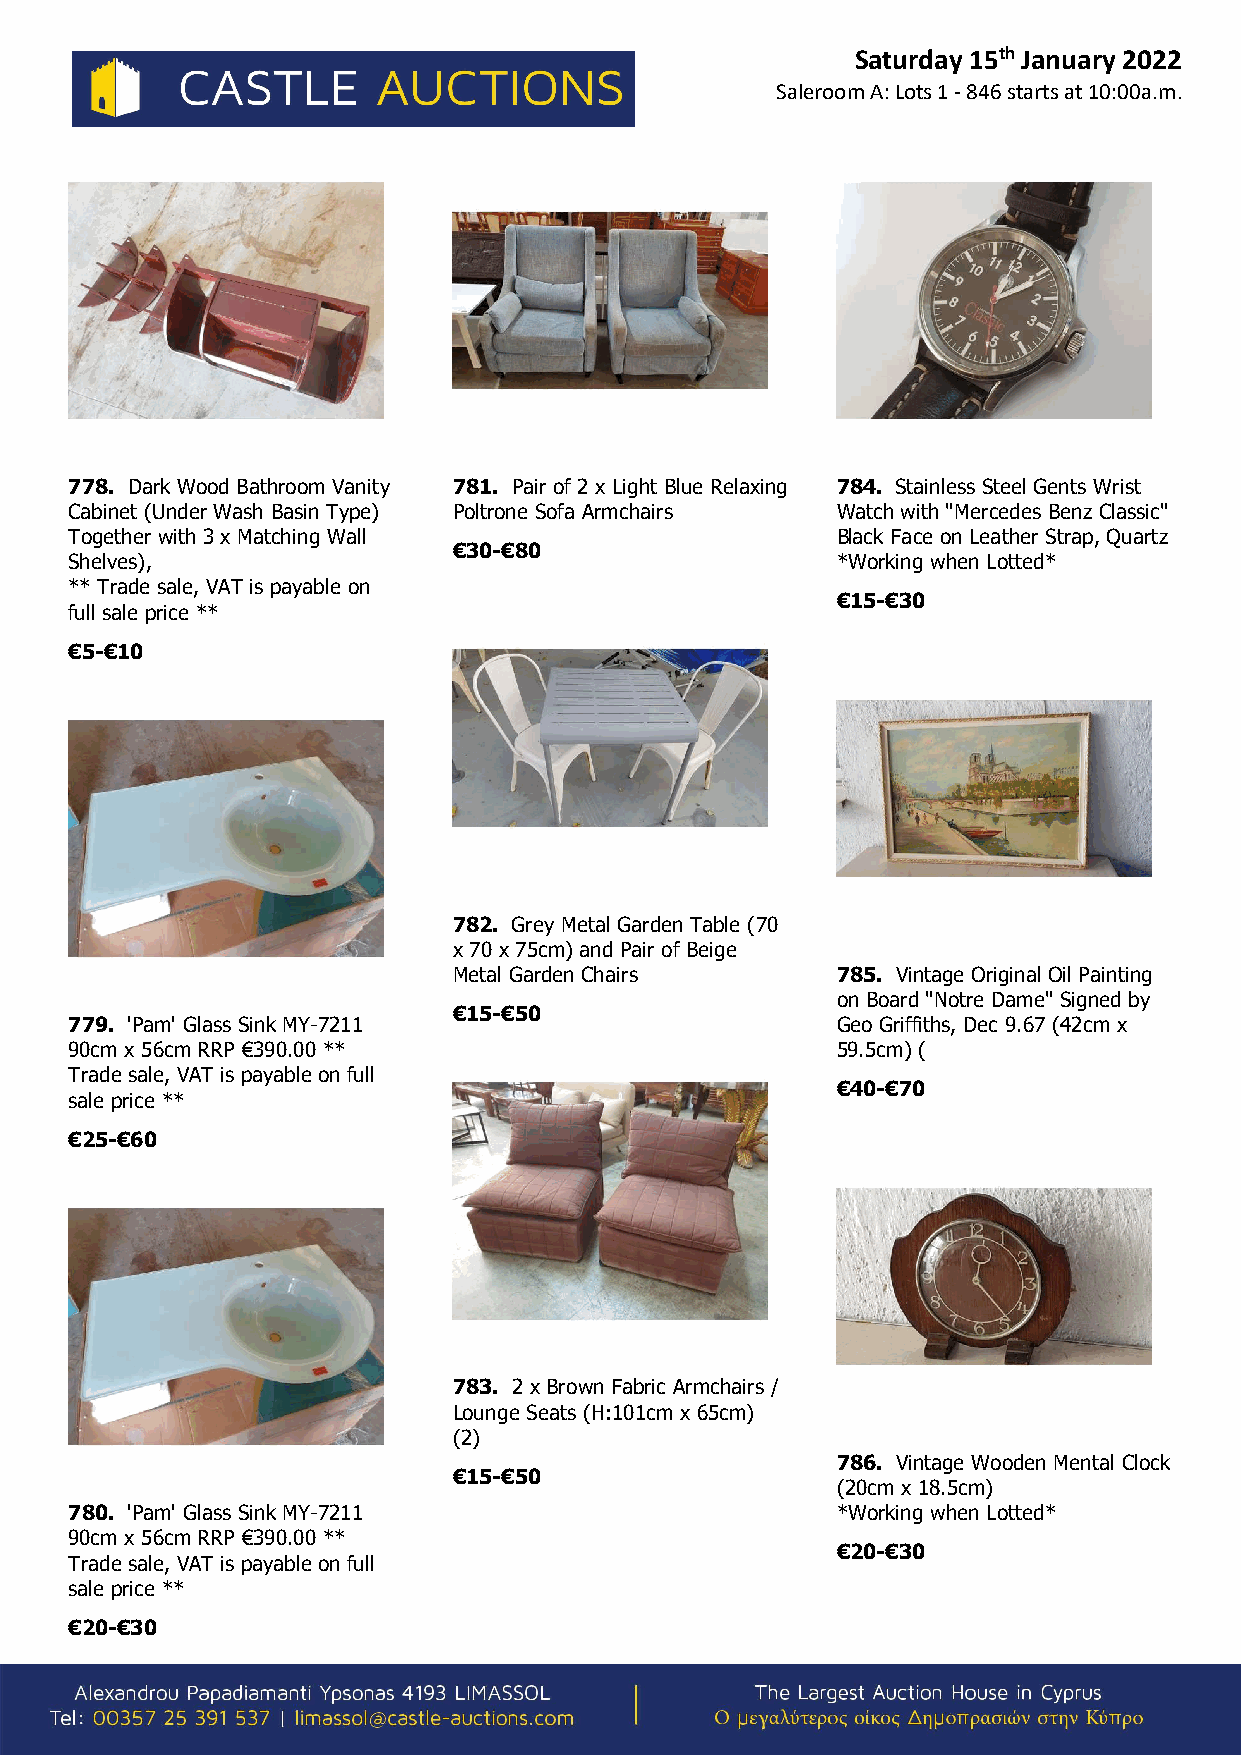
Saturday 15th January 2022
 Saleroom A: Lots 1 - 846 starts at 10:00a.m.
 778. Dark Wood Bathroom Vanity 781. Pair of 2 x Light Blue Relaxing 784. Stainless Steel Gents Wrist
 Cabinet (Under Wash Basin Type) Poltrone Sofa Armchairs Watch with "Mercedes Benz Classic"
 Together with 3 x Matching Wall                   Black Face on Leather Strap, Quartz
 €30-€80
 Shelves),                                         *Working when Lotted*
 ** Trade sale, VAT is payable on
 €15-€30
 full sale price **
 €5-€10
 782. Grey Metal Garden Table (70
 x 70 x 75cm) and Pair of Beige
 Metal Garden Chairs      785. Vintage Original Oil Painting
 on Board "Notre Dame" Signed by
 €15-€50
 779. 'Pam' Glass Sink MY-7211                     Geo Griffiths, Dec 9.67 (42cm x
 90cm x 56cm RRP €390.00 **                        59.5cm) (
 Trade sale, VAT is payable on full
 €40-€70
 sale price **
 €25-€60
 783. 2 x Brown Fabric Armchairs /
 Lounge Seats (H:101cm x 65cm)
 (2)
 786. Vintage Wooden Mental Clock
 €15-€50
 (20cm x 18.5cm)
 780. 'Pam' Glass Sink MY-7211                     *Working when Lotted*
 90cm x 56cm RRP €390.00 **
 €20-€30
 Trade sale, VAT is payable on full
 sale price **
 €20-€30